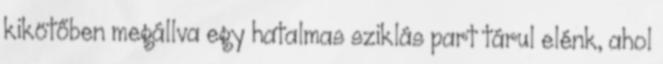
kikötőben megállva egy hatalmas sziklás part tárul elénk, ahol